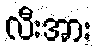
လီးအား